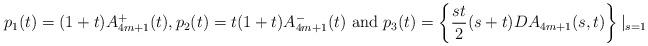
LaTeX: \begin{align*}p_1(t) = (1+t)A_{4m+1}^+(t), p_2(t) = t(1+t)A_{4m+1}^-(t) \mbox{ and }p_3(t) = \left\{ \frac{st}{2} (s+t)D A_{4m+1}(s,t)\right\}|_{s=1}\end{align*}